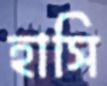
হাসি